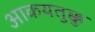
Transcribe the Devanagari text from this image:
आकयतुक्कु